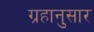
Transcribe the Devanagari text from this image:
ग्रहानुसार